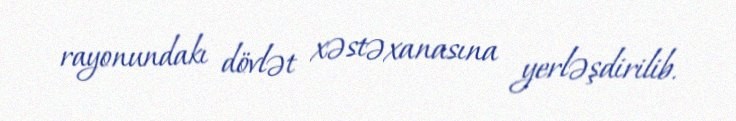
rayonundakı dövlət xəstəxanasına yerləşdirilib.